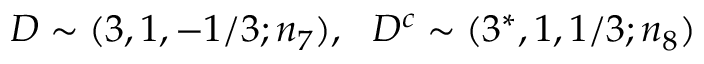
D \sim ( 3 , 1 , - 1 / 3 ; n _ { 7 } ) , ~ ~ D ^ { c } \sim ( 3 ^ { * } , 1 , 1 / 3 ; n _ { 8 } )